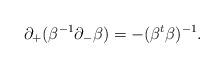
LaTeX: \begin{align*}\partial_+ (\beta^{-1} \partial_- \beta) = - (\beta^t \beta)^{-1}.\end{align*}